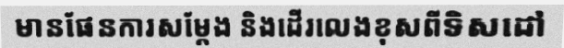
មានផែនការសម្តែង និងដើរលេងខុសពីទិសដៅ